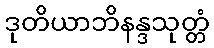
ဒုတိယာဘိနန္ဒသုတ္တံ